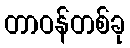
တာဝန်တစ်ခု